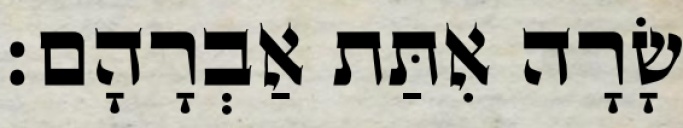
שָׂרָה אִתַּת אַבְרָהָם׃